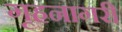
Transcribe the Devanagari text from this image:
गृहनागरी